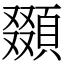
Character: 䫎